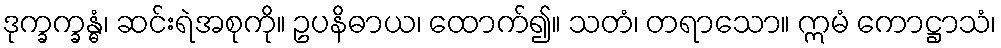
ဒုက္ခက္ခန္ဓံ၊ ဆင်းရဲအစုကို။ ဥပနိဓာယ၊ ထောက်၍။ သတံ၊ တရာသော။ ဣမံ ကောဋ္ဌာသံ၊